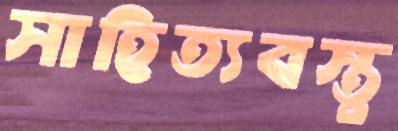
সাহিত্যবস্তু